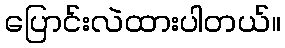
ပြောင်းလဲထားပါတယ်။